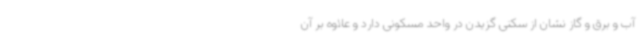
آب و برق و گاز نشان از سکنی گزیدن در واحد مسکونی دارد و علاوه بر آن